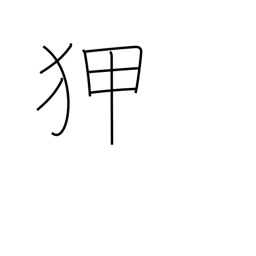
Meaning: experienced